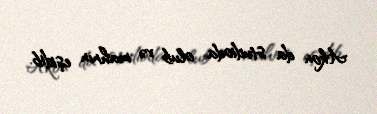
Akon da studioda olub və mahnın eşidib.